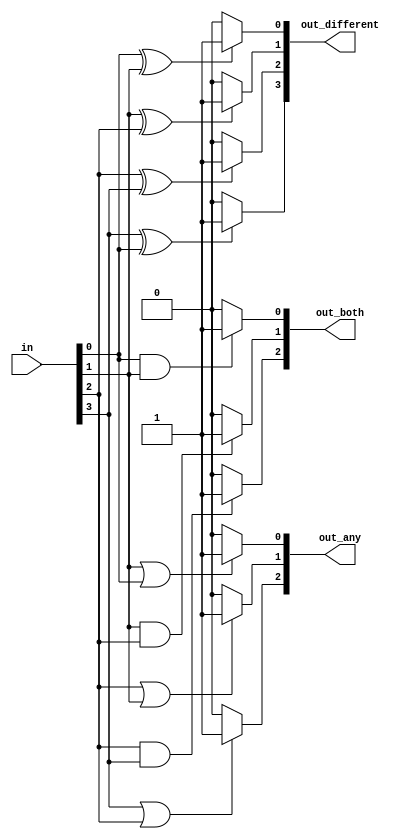
// This program was cloned from: https://github.com/Yvan-xy/verilog-doc
// License: GNU General Public License v2.0

module top_module( 
    input [3:0] in,
    output [2:0] out_both,
    output [3:1] out_any,
    output [3:0] out_different );
    integer i;
    reg [2:0]both;
    reg [3:1]any;
    reg [3:0]different;
    always @(*) begin
        both = 0;
        any = 0;
        different = 0;
        for(i=0;i<3;i=i+1) begin
            if((in[i]&in[i+1]) == 1) begin
                both[i] = 1;
            end
        end
        for(i=1;i<4;i=i+1) begin
            if((in[i]|in[i-1]) == 1) begin
                any[i] = 1;
            end
        end
        for(i=0;i<4;i=i+1) begin
            if(i<3) begin
                if(in[i]^in[i+1]) begin
                    different[i] = 1;
                end
            end
            else begin 
                if(in[3]^in[0]) begin
                    different[3] = 1;
                end
            end
        end
    end
    assign out_both = both;
    assign out_any[3:1] = any[3:1];
    assign out_different = different;
endmodule